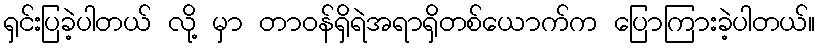
ရှင်းပြခဲ့ပါတယ် လို့ မှာ တာဝန်ရှိရဲအရာရှိတစ်ယောက်က ပြောကြားခဲ့ပါတယ်။